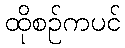
ထိုစဉ်ကပင်